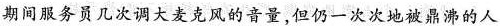
期间服务员几次调大麦克风的音量，但仍一次次地被鼎沸的人